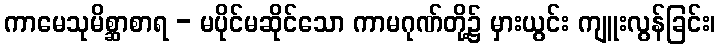
ကာမေသုမိစ္ဆာစာရ - မပိုင်မဆိုင်သော ကာမဂုဏ်တို့၌ မှားယွင်း ကျူးလွန်ခြင်း၊